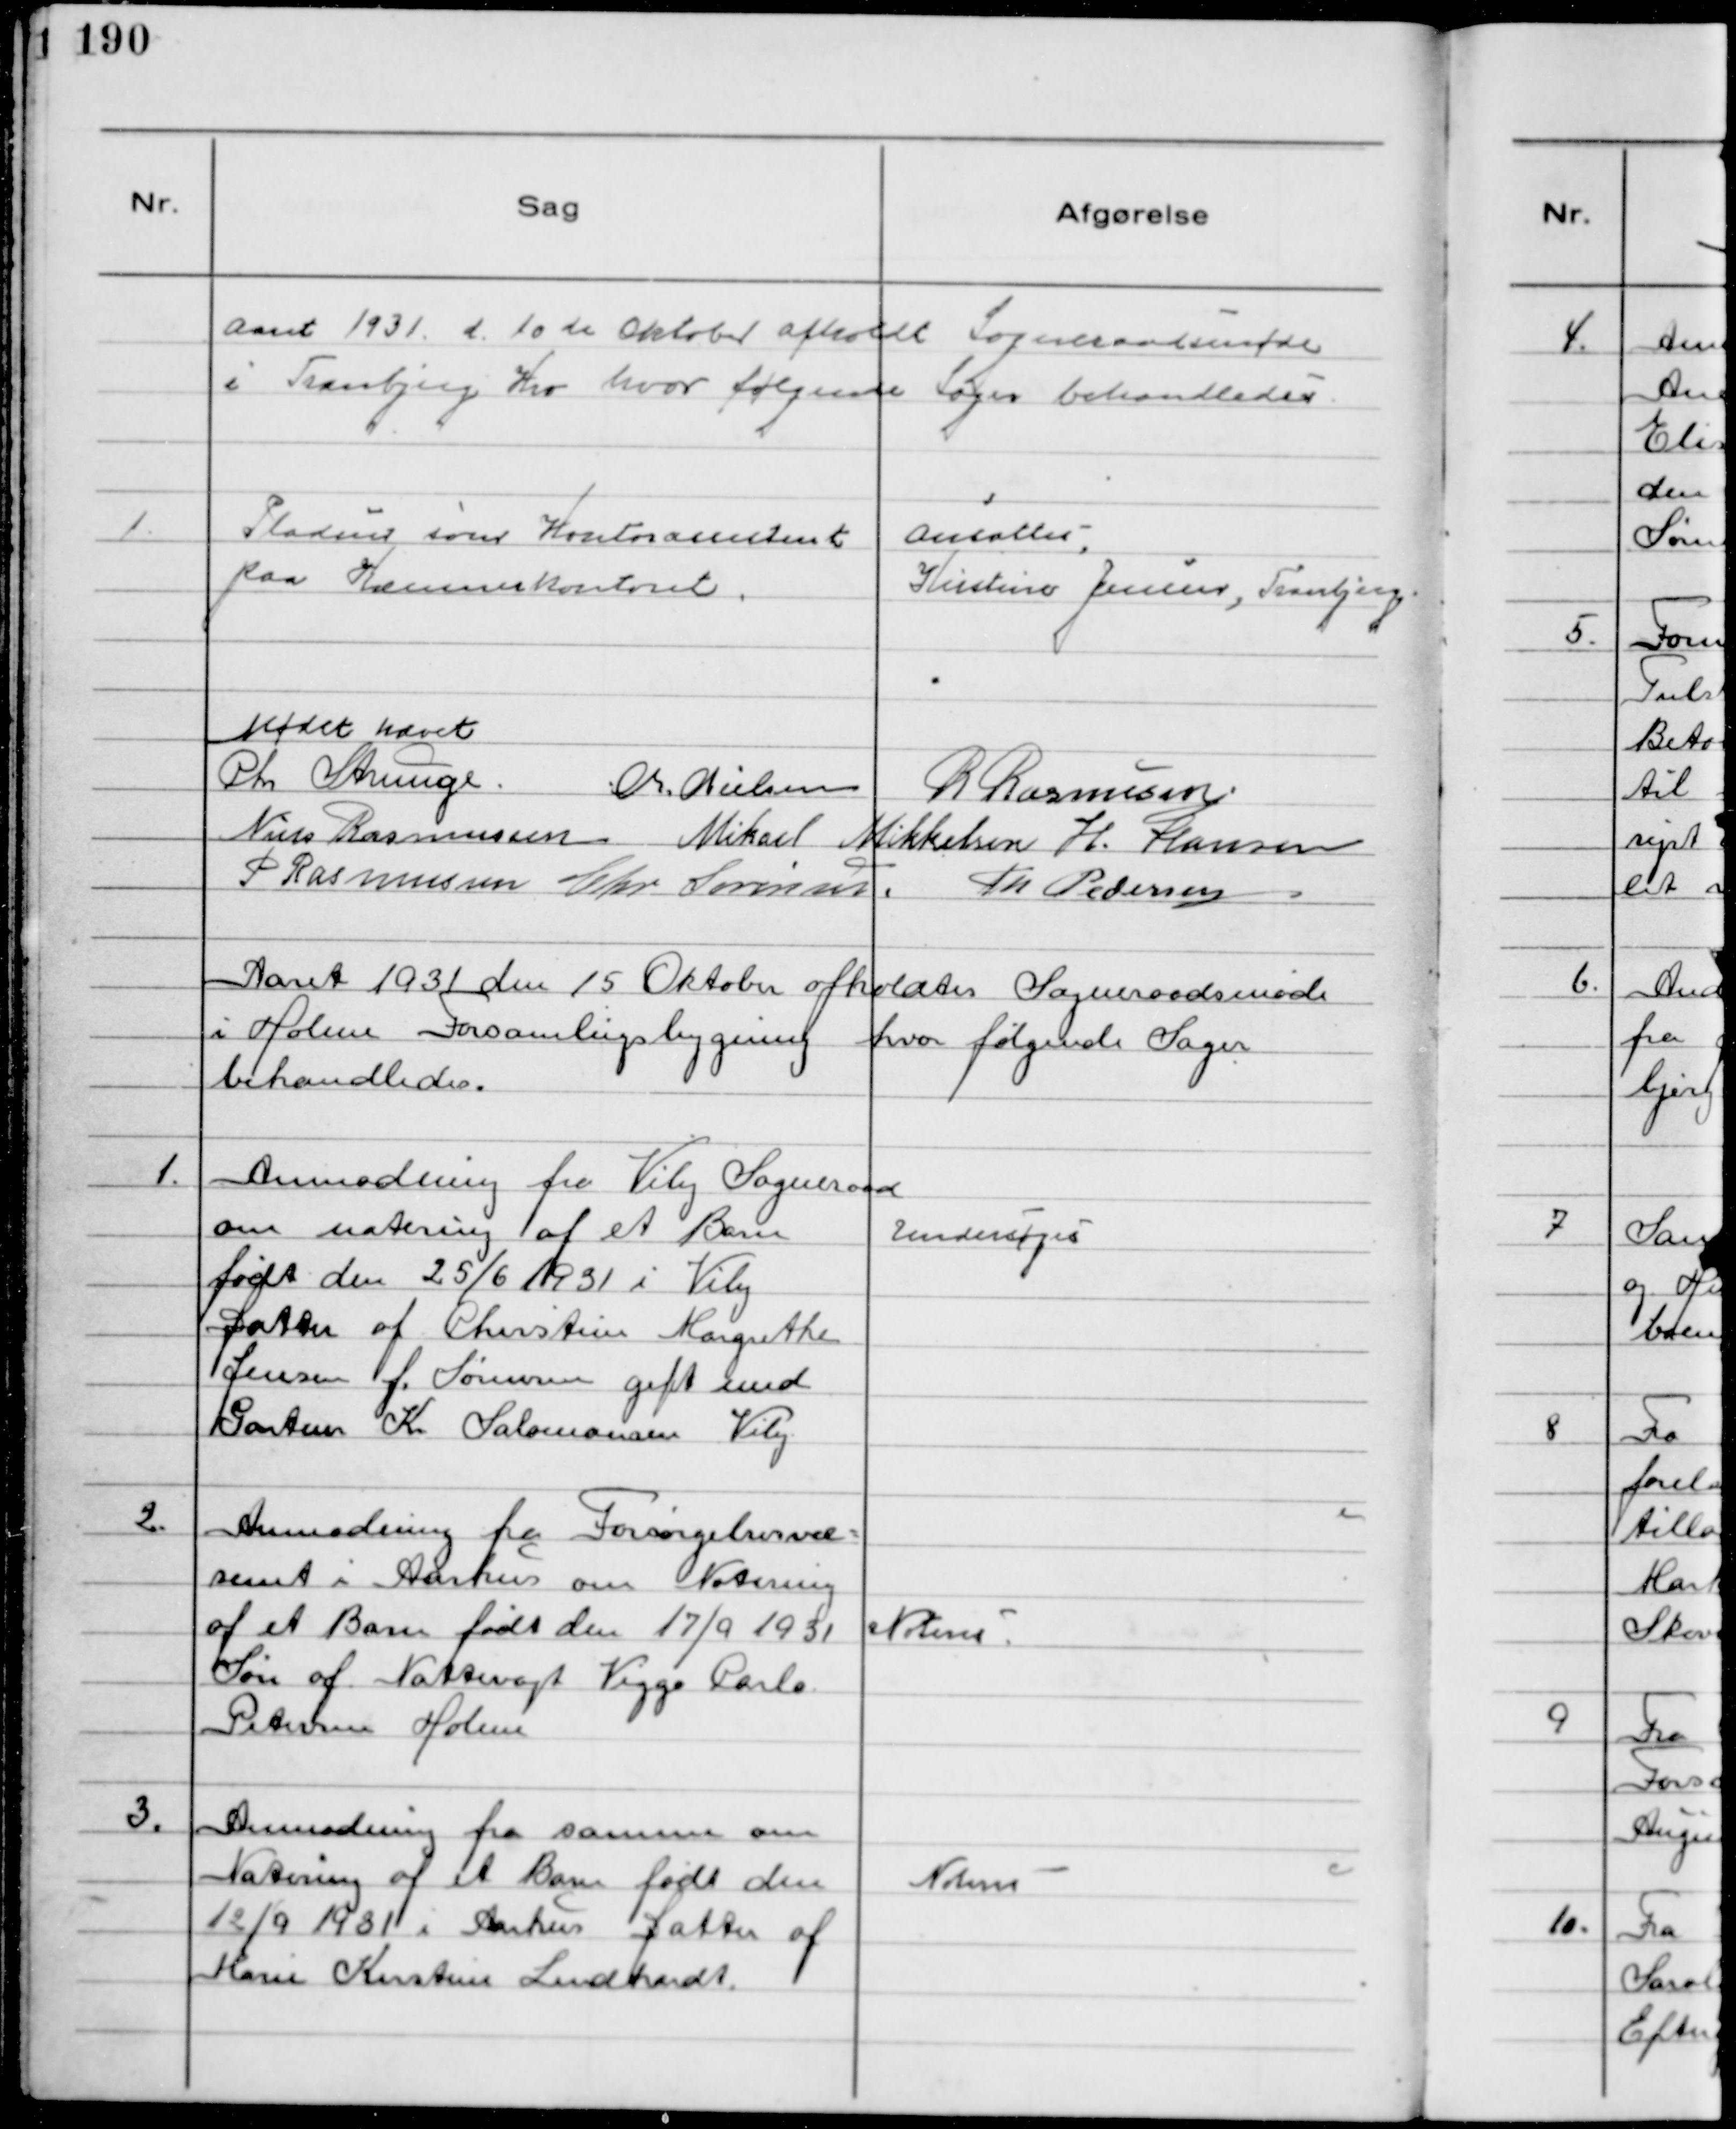
Transskription:
Aaret 1931. d. 10de Oktober afholdt Sogneraadsmøde
i Tranbjerg Kro hvor følgende Sager behandledes

1.
Pladsen som Kontorassistent
paa Kommunekontoret.

Ansattes
Kirstine Jensen, Tranbjerg.

Mødet hævet
Chr Strunge. 
Chr. Nielsen R Rasmussen
Niels Rasmussen Mikael Mikkelsen H. Hansen
P Rasmussen Chr Sørensen. Th. Pedersen

Aaret 1931 den 15 Oktober afholdtes Sogneraadsmøde
i Holme Forsamlingsbygning hvor følgende Sager
behandledes.

1.
Anmodning fra Viby Sogneraad
om notering af et Barn
født den 25/6 1931 i Viby
Datter af Chirstine Margrethe
Jensen f. Sørensen gift med
Gartner Kr Salomonsen Viby

Undersøges

2.
Anmodning fra Forsørgelsesvæ-
senet i Aarhus om Notering
af et Barn født den 17/9 1931
Søn af Nattevagt Viggo Carlo
Petersen Holme

Noteres.

3.
Anmodning fra samme om
Notering af et Barn født den
12/9 1931 i Aarhus Datter af
Marie Kirstine Lindhardt

Noteres